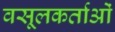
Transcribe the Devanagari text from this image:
वसूलकर्ताओं